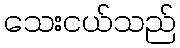
သေးငယ်သည်